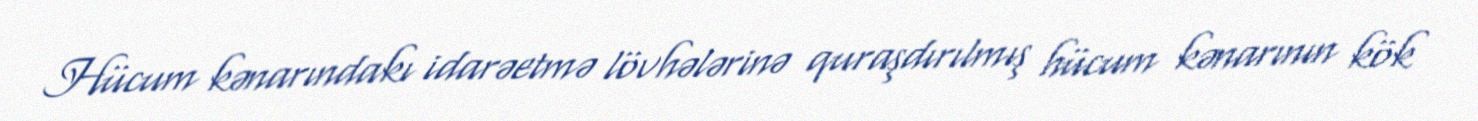
Hücum kənarındakı idarəetmə lövhələrinə quraşdırılmış hücum kənarının kök